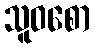
သူဝစော